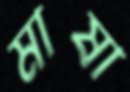
মাষা